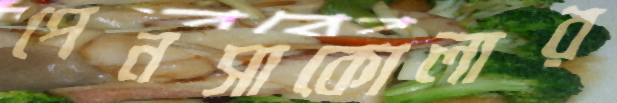
পেনসাকোলার